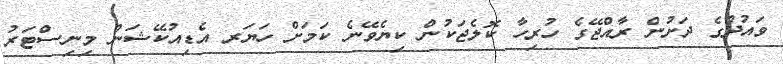
ވައުދުގެ ދަށުން ރާއްޖޭގެ ހުރިހާ ކޮލެޖަކުން ކިޔެވޭނެ ކަމަށް ހަޔަރ އެޑިއުކޭޝަން މިނިސްޓަރު